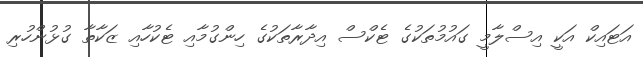
އަޓައިކް އަކީ އިސްލާމީ ގައުމުތަކުގެ ޓެކްސް އިދާރާތަކުގެ ހިންގުމާއި ޓެކުހާއި ޒަކާތާ ގުޅުންހުރި